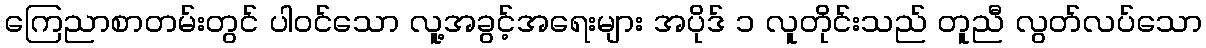
ကြေညာစာတမ်းတွင် ပါဝင်သော လူ့အခွင့်အရေးများ အပိုဒ် ၁ လူတိုင်းသည် တူညီ လွတ်လပ်သော